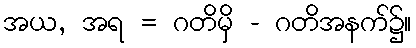
အယ, အရ = ဂတိမှိ - ဂတိအနက်၌။